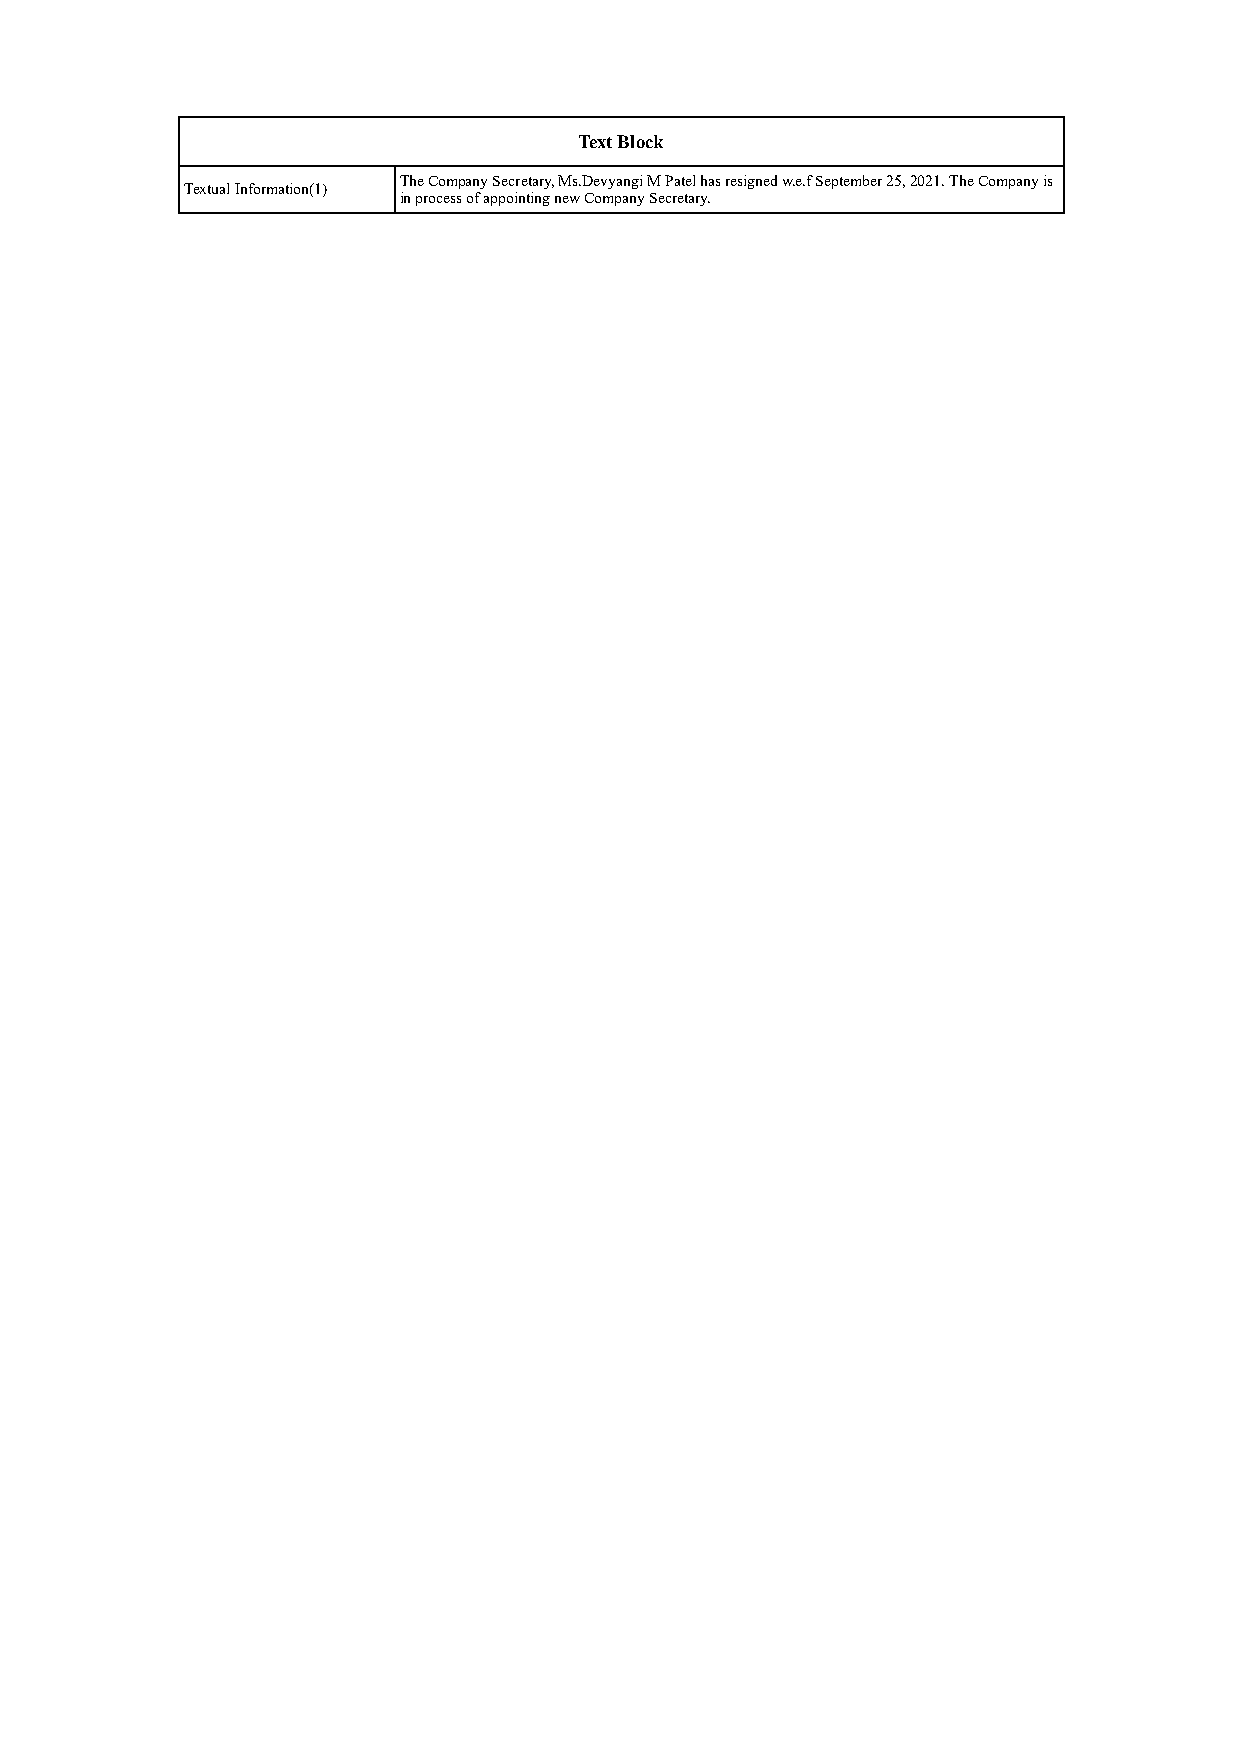
Text Block
 The Company Secretary, Ms.Devyangi M Patel has resigned w.e.f September 25, 2021. The Company is
 Textual Information(1)
 in process of appointing new Company Secretary.